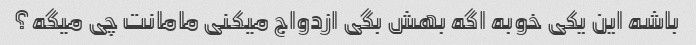
باشه این یکی خوبه اگه بهش بگی ازدواج میکنی مامانت چی میگه؟